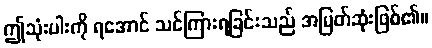
ဤသုံးပါးကို ရအောင် သင်ကြားရခြင်းသည် အမြတ်ဆုံးဖြစ်၏။